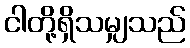
ငါတို့ရှိသမျှသည်